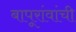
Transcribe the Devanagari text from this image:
बापूरांवांची